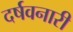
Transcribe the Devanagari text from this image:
दर्षवनारी